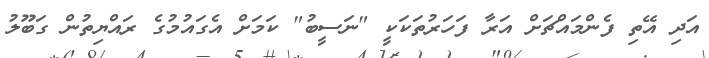
އަދި އޭތި ފެންމައްޗަށް އަރާ ފަހަރުތަކަކީ "ނަސީބު" ކަމަށް އެގައުމުގެ ރައްޔިތުން ގަބޫލު